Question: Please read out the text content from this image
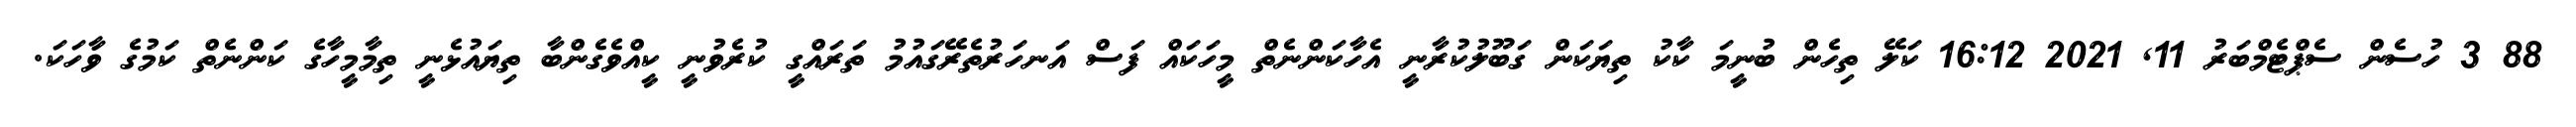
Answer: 88 3 ހުސެން ސެޕްޓެމްބަރު 11, 2021 16:12 ކަލޭ ތިހެން ބުނީމަ ކާކު ތިޔަކަން ގަބޫލުކުރާނީ އެހާކަންނެތް މީހަކައް ފަސް އަނހަރުތެރޭގައުމު ތަރައްގީ ކުރެވުނީ ކީއްވެގެންބާ ތިޔައުޅެނީ ތިމާމީހާގެ ކަންނެތް ކަމުގެ ވާހަކަ.